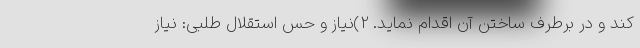
کند و در برطرف ساختن آن اقدام نماید. 2)نیاز و حس استقلال طلبی: نیاز